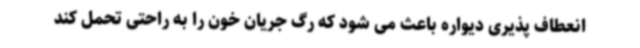
انعطاف پذیری دیواره باعث می شود که رگ جریان خون را به راحتی تحمل کند